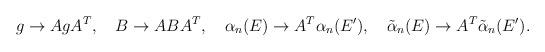
LaTeX: \begin{align*}g\to AgA^T,\ \ \ B\to ABA^T,\ \ \ \alpha_n(E)\to A^T\alpha_n(E^{\prime}),\ \ \ \tilde{\alpha}_n(E)\to A^T\tilde{\alpha}_n(E^{\prime}).\end{align*}